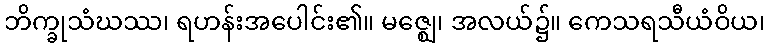
ဘိက္ခုသံဃဿ၊ ရဟန်းအပေါင်း၏။ မဇ္ဈေ၊ အလယ်၌။ ကေသရသီယံဝိယ၊